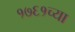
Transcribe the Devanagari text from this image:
१७६१च्या